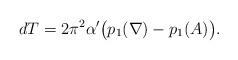
LaTeX: \begin{align*}dT=2\pi^2 \alpha' \big(p_1(\nabla)-p_1(A)\big).\end{align*}